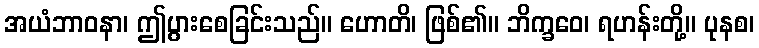
အယံဘာဝနာ၊ ဤပွားစေခြင်းသည်။ ဟောတိ၊ ဖြစ်၏။ ဘိက္ခဝေ၊ ရဟန်းတို့။ ပုနစ၊